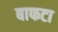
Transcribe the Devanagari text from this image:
बाफटा